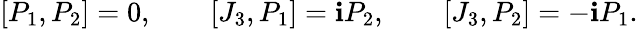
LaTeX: [P_{1},P_{2}]=0,\qquad[J_{3},P_{1}]=\mathbf{i}P_{2},\qquad[J_{3},P_{2}]=-\mathbf{i}P_{1}.